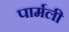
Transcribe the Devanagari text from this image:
पार्मली